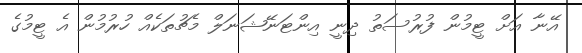
އޭނާ އަށް ޓީމުން ފުރުސަތު ދިނީ އިންޓަނޭޝަނަލް މެޗުތަކެއް ހުރުމުން އެ ޓީމުގެ